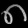
Digit: ၈